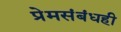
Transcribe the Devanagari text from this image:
प्रेमसंबंधही